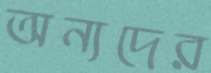
অন্যদের